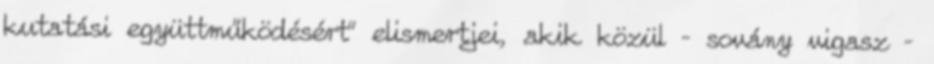
kutatási együttműködésért" elismertjei, akik közül – sovány vigasz –